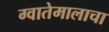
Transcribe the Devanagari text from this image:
ग्वातेमालाचा